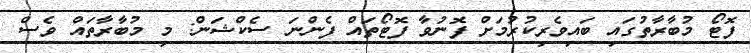
ފޮޓޯ މުބާރާތުގައި ބައިވެރިކުރުމަށް ފޮނުވާ ފޮޓޯތައް ފެންނަ ސެކްޝަން: މި މުބާރާތައް ވެސް